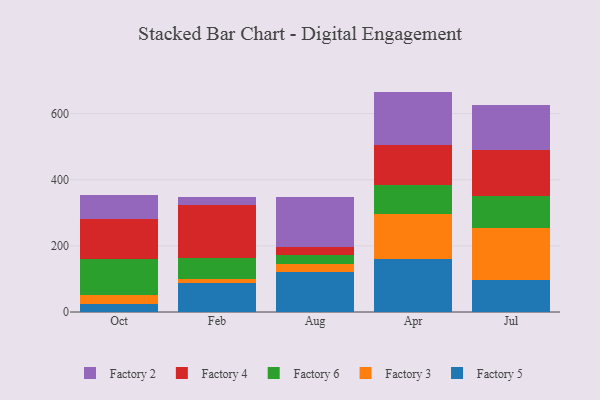
{"axis": {"x": "Month", "y": "Net Income (USD K)"}, "legend": ["Factory 2", "Factory 3", "Factory 4", "Factory 5", "Factory 6"], "data": [{"x": "Oct", "y": 25.5, "type": "Factory 5"}, {"x": "Oct", "y": 27.2, "type": "Factory 3"}, {"x": "Oct", "y": 106.2, "type": "Factory 6"}, {"x": "Oct", "y": 121.0, "type": "Factory 4"}, {"x": "Oct", "y": 72.6, "type": "Factory 2"}, {"x": "Feb", "y": 87.0, "type": "Factory 5"}, {"x": "Feb", "y": 13.7, "type": "Factory 3"}, {"x": "Feb", "y": 62.0, "type": "Factory 6"}, {"x": "Feb", "y": 159.7, "type": "Factory 4"}, {"x": "Feb", "y": 26.7, "type": "Factory 2"}, {"x": "Aug", "y": 119.5, "type": "Factory 5"}, {"x": "Aug", "y": 24.8, "type": "Factory 3"}, {"x": "Aug", "y": 27.3, "type": "Factory 6"}, {"x": "Aug", "y": 25.6, "type": "Factory 4"}, {"x": "Aug", "y": 149.3, "type": "Factory 2"}, {"x": "Apr", "y": 160.4, "type": "Factory 5"}, {"x": "Apr", "y": 137.0, "type": "Factory 3"}, {"x": "Apr", "y": 86.2, "type": "Factory 6"}, {"x": "Apr", "y": 120.5, "type": "Factory 4"}, {"x": "Apr", "y": 162.4, "type": "Factory 2"}, {"x": "Jul", "y": 97.8, "type": "Factory 5"}, {"x": "Jul", "y": 157.6, "type": "Factory 3"}, {"x": "Jul", "y": 95.7, "type": "Factory 6"}, {"x": "Jul", "y": 139.5, "type": "Factory 4"}, {"x": "Jul", "y": 135.0, "type": "Factory 2"}]}